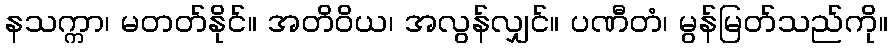
နသက္ကာ၊ မတတ်နိုင်။ အတိဝိယ၊ အလွန်လျှင်။ ပဏီတံ၊ မွန်မြတ်သည်ကို။